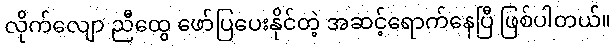
လိုက်လျော ညီထွေ ဖော်ပြပေးနိုင်တဲ့ အဆင့်ရောက်နေပြီ ဖြစ်ပါတယ်။